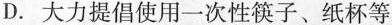
D.大力提倡使用一次性筷子、纸杯等